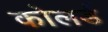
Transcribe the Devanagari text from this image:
कोलर्ड